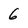
Character: 6